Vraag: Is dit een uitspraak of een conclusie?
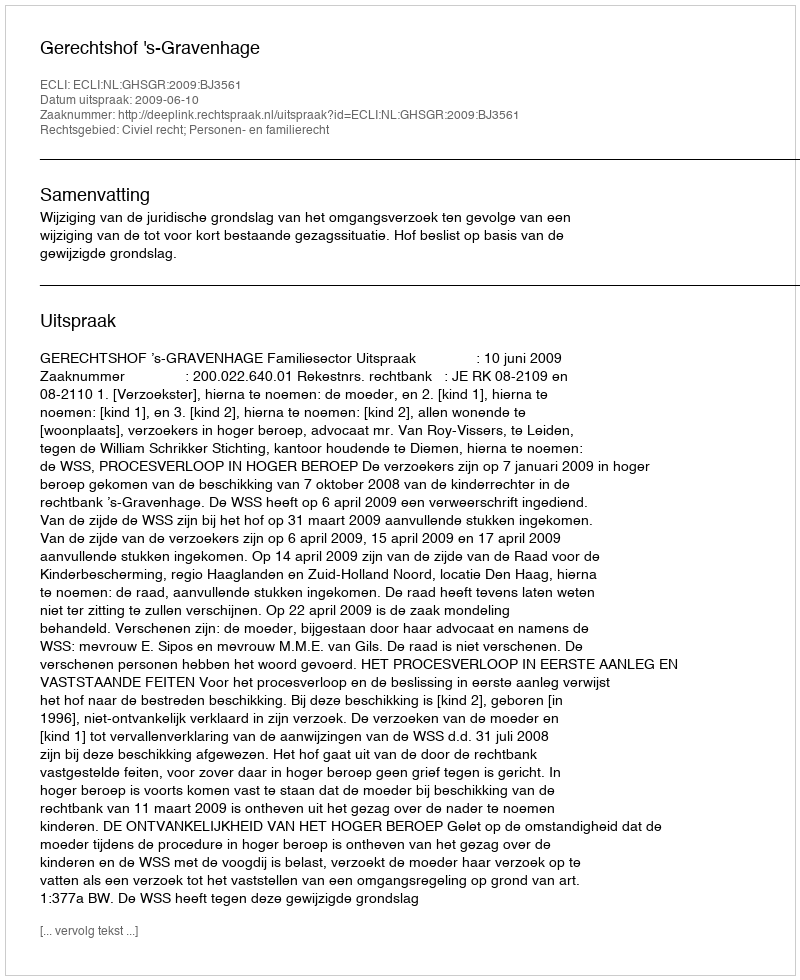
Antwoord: Uitspraak